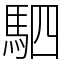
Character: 駟